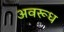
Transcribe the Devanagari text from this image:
अवरूध